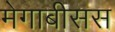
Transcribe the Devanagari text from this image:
मेगाबीसस